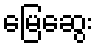
မြေဆွေး